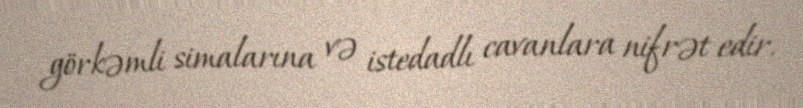
görkəmli simalarına və istedadlı cavanlara nifrət edir.